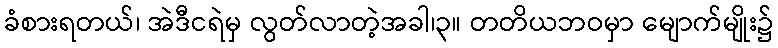
ခံစားရတယ်၊ အဲဒီငရဲမှ လွတ်လာတဲ့အခါ၊၃။ တတိယဘဝမှာ မျောက်မျိုး၌